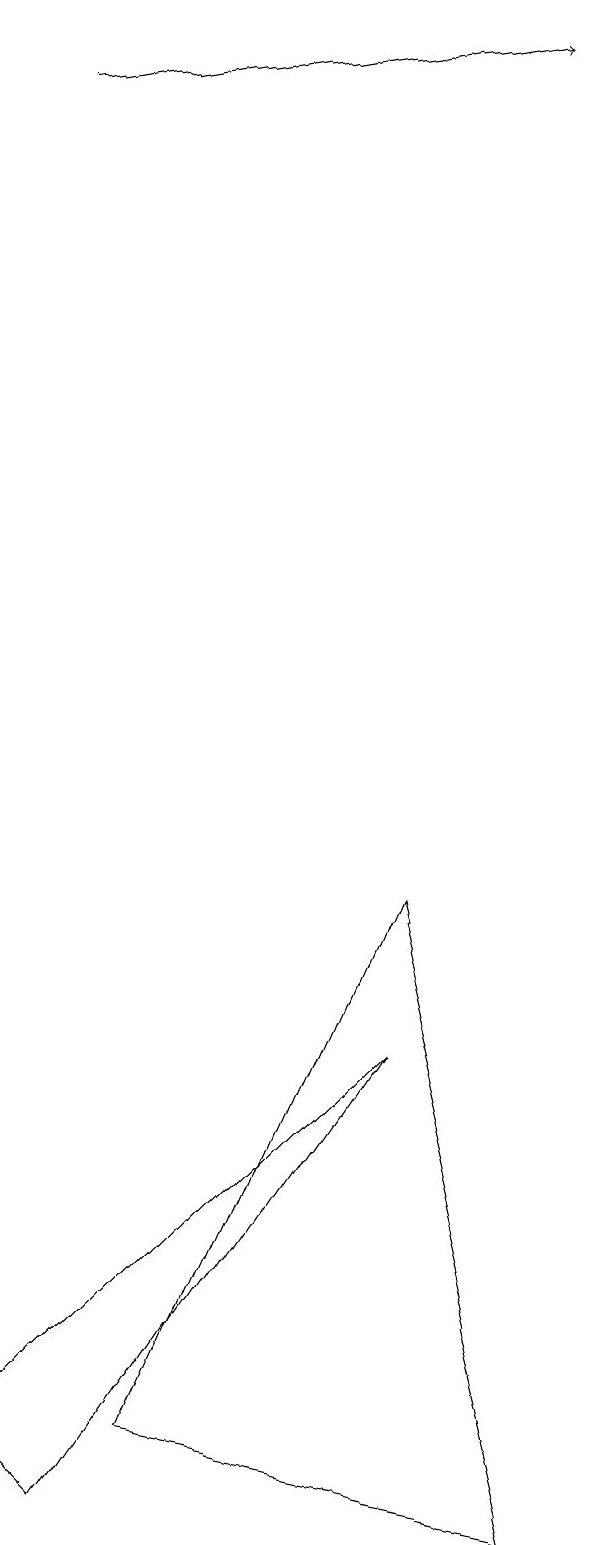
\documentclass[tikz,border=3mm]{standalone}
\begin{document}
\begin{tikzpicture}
\draw (2,0) -- (6,6) -- (1,1) -- cycle;
\draw (6,8) -- (8,0) -- (3,1) -- cycle;
\draw[->] (1,18) -- (7,19);
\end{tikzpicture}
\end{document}